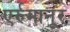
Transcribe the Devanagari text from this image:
एर्रुमानूर